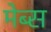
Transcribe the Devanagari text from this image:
मेब्स